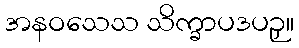
အနဝသေသ သိက္ခာပဒပဉှ။